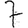
Digit: 7